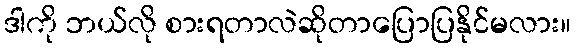
ဒါကို ဘယ်လို စားရတာလဲဆိုတာပြောပြနိုင်မလား။